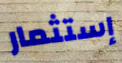
إستثمار